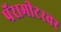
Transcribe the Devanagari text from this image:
पॅरामीटरवर